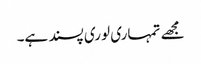
مجھے تمہاری لوری پسند ہے۔